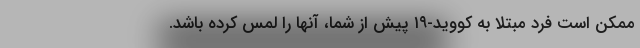
ممکن است فرد مبتلا به کووید-۱۹ پیش از شما، آنها را لمس کرده باشد.